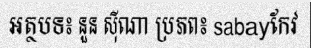
អត្ថបទ៖ នួន ស៊ីណា ប្រភព៖ sabayកែវ